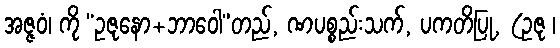
အဇ္ဇဝံ၊ ကို “ဥဇုနော+ဘာဝေါ”တည်, ဏပစ္စည်းသက်, ပကတိပြု, (ဥဇု ၊